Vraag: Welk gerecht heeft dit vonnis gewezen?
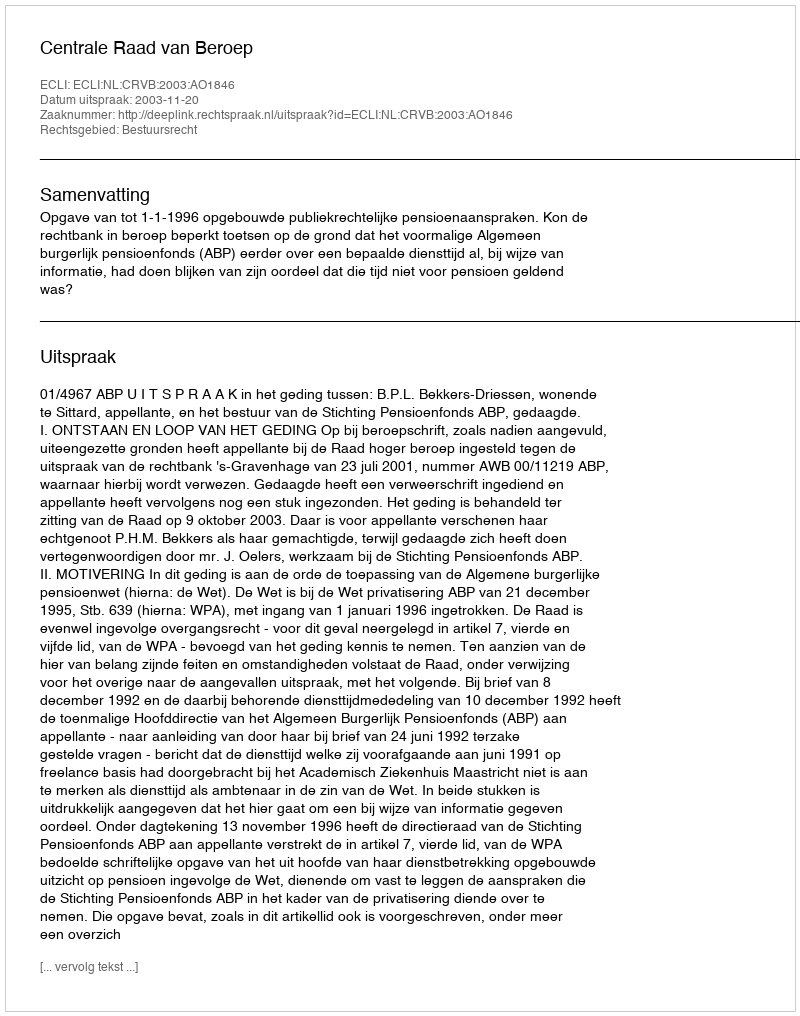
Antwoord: Centrale Raad van Beroep